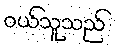
ဝယ်သူသည်